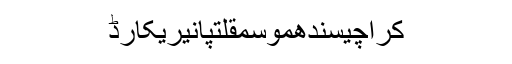
کراچیسندھموسمقلتپانیریکارڈ